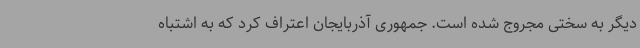
دیگر به سختی مجروج شده است. جمهوری آذربایجان اعتراف کرد که به اشتباه